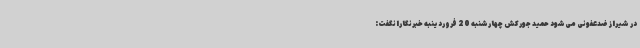
در شیراز ضدعفونی می‌شود حمید جورکش چهارشنبه 20 فروردینبه خبرنگارانگفت: